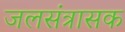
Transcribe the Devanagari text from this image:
जलसंत्रासक